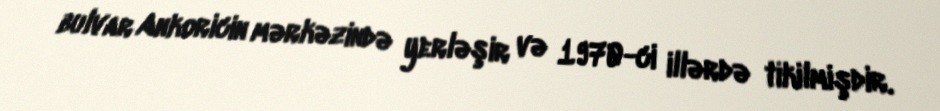
bulvar Ankoricin mərkəzində yerləşir və 1970-ci illərdə tikilmişdir.